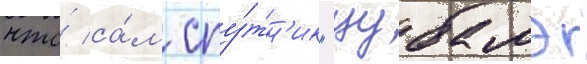
что́ са́м спу́тн'ик "цубамэ"